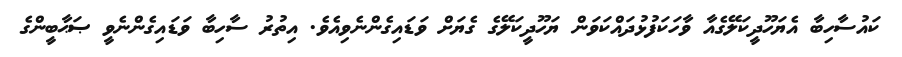
ކައުސާހިބާ އެޔަހޫދީކަލޭގެއާ ވާހަކަފުޅުދައްކަވަން ޔަހޫދީކަލޭގެ ގެޔަށް ވަޑައިގެންނެވިއެވެ. އިތުރު ސާހިބާ ވަޑައިގެންނެވީ ޞަޙާބީންގެ